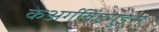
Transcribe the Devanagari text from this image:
केअर्गविंटगुइस